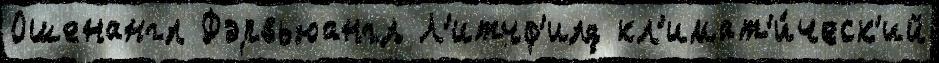
Ошенангл Фэрвьюангл Л'итчф'илд кл'имат'и́ческ'ий